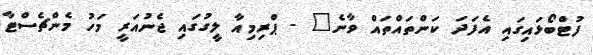
ފުޓްބޯޅައިގައި އެފަދަ ކަންތައްތައް ވާނެ" - ޕްރިމިއާ ލީގުގައި ޖެނުއަރީ މަހު މެންޗެސްޓާ